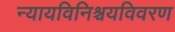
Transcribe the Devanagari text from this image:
न्यायविनिश्चयविवरण